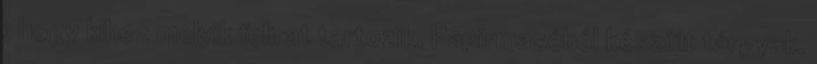
, hogy kihez melyik felirat tartozik. Papírmaséból készült tárgyak.